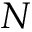
N